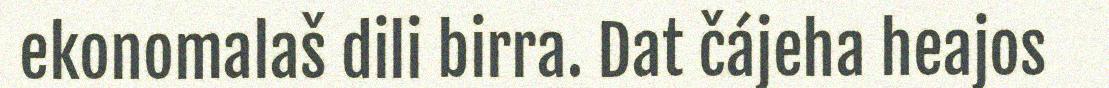
ekonomalaš dili birra. Dat čájeha heajos